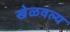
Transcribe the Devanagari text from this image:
खेळवल्य